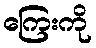
ကြေးကို